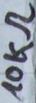
Text: 10kΩ